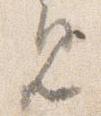
見